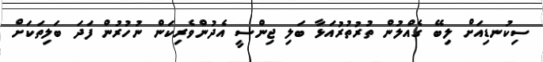
ސިކުނޑިއަށް ލިބޭ ގެއްލުން ތުރުތުރުއަޅާ ބަލި ޖިންސީ އެދުންވެރިކަން ނުހުރުން ފަދަ ބަލިތަކަށް